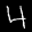
Label: 4